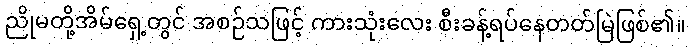
ညိုမတို့အိမ်ရှေ့တွင် အစဉ်သဖြင့် ကားသုံးလေး စီးခန့်ရပ်နေတတ်မြဲဖြစ်၏။